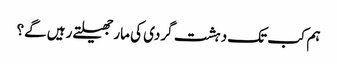
ہم کب تک دہشت گردی کی مار جھیلتے رہیں گے؟